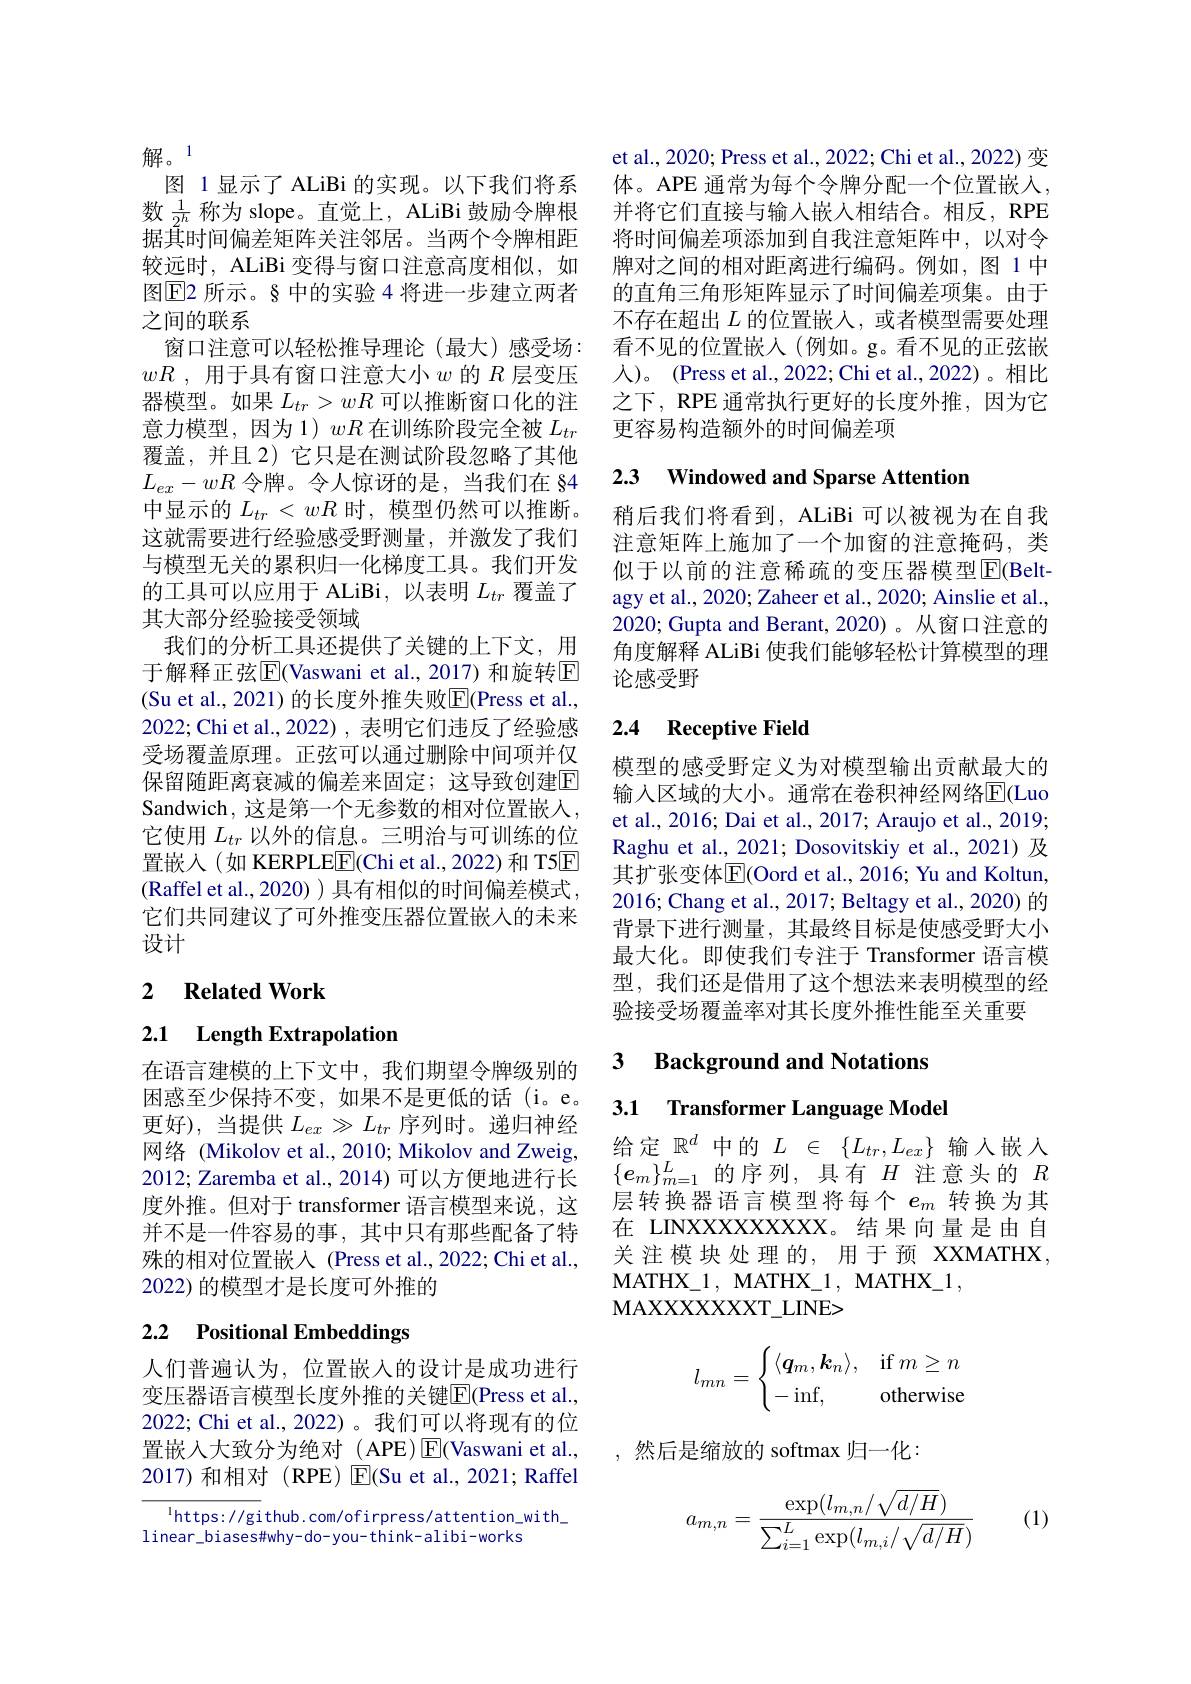
解。1
图 1显示了 ALiBi 的实现。以下我们将系数$\frac1{2h}$称为 slope。直觉上，ALiBi 鼓励令牌根据其时间偏差矩阵关注邻居。当两个令牌相距较远时，ALiBi 变得与窗口注意高度相似，如图$\boxed{\mathrm{E}}$2 所示。§ 中的实验 4 将进一步建立两者之间的联系
窗口注意可以轻松推导理论(最大)感受场： $wR$ , 用于具有窗口注意大小$w$ 的$R$层变压器模型。如果$L_tr>wR$可以推断窗口化的注意力模型，因为1)$wR$在训练阶段完全被$L_tr$ 覆盖，并且 2) 它只是在测试阶段忽略了其他$L_{ex}-wR$令牌。令人惊讶的是，当我们在 §4中显示的$L_tr<wR$时，模型仍然可以推断。这就需要进行经验感受野测量，并激发了我们与模型无关的累积归一化梯度工具。我们开发的工具可以应用于 ALiBi, 以表明$L_{tr}$覆盖了其大部分经验接受领域
我们的分析工具还提供了关键的上下文，用于解释正弦$\overline{\mathrm{E}}($Vaswani et al.,2017)和旋转$\overline{\mathrm{E}}$ (Su et al., 2021) 的长度外推失败$\overline{\mathrm{E}}($Press et al., 2022; Chi et al., 2022) , 表明它们违反了经验感受场覆盖原理。正弦可以通过删除中间项并仅保留随距离衰减的偏差来固定；这导致创建$\mathbb{E}$ Sandwich, 这是第一个无参数的相对位置嵌入， 它使用$L_tr$以外的信息。三明治与可训练的位置嵌入(如 KERPLE$\boxed{\mathrm{F}}($Chi et al., 2022) 和 T5$\boxed{\mathrm{F}}$ (Raffel et al., 2020) ) 具有相似的时间偏差模式， 它们共同建议了可外推变压器位置嵌入的未来设计

## 2 $\textbf{Related Work}$

2.1 Length Extrapolation

在语言建模的上下文中，我们期望令牌级别的困惑至少保持不变，如果不是更低的话(i。e。更好),当提供$L_ex\gg L_{tr}$序列时。递归神经网络 (Mikolov et al., 2010; Mikolov and Zweig, 2012; Zaremba et al., 2014) 可以方便地进行长度外推。但对于 transformer 语言模型来说，这并不是一件容易的事，其中只有那些配备了特殊的相对位置嵌入 (Press et al.,2022; Chi et al., 2022) 的模型才是长度可外推的

# 2.2 Positional Embeddings

人们普遍认为，位置嵌入的设计是成功进行变压器语言模型长度外推的关键$\overline{\mathrm{E}}($Press et al., 2022; Chi et al., 2022) 。我们可以将现有的位置嵌入大致分为绝对 (APE)$\operatorname{E}$(Vaswani et al., ,然后是缩放的 softmax 归一化：
2017)和相对(RPE) $\mathbb{E}($Su et al., 2021; Raffel

$^{1}$https://github.com/ofirpress/attention\_with\_
linear\_biases#why-do-you-think-alibi-works

et al., 2020; Press et al., 2022; Chi et al., 2022) 变体。APE 通常为每个令牌分配一个位置嵌入， 并将它们直接与输入嵌人相结合。相反，RPE 将时间偏差项添加到自我注意矩阵中，以对令牌对之间的相对距离进行编码。例如，图 1 中的直角三角形矩阵显示了时间偏差项集。由于不存在超出$L$的位置嵌人，或者模型需要处理看不见的位置嵌入(例如。g。看不见的正弦嵌人)。(Press et al., 2022; Chi et al., 2022)。相比之下，RPE 通常执行更好的长度外推，因为它更容易构造额外的时间偏差项

### 2.3 Windowed and Sparse Attentior

稍后我们将看到，ALiBi 可以被视为在自我注意矩阵上施加了一个加窗的注意掩码，类似于以前的注意稀疏的变压器模型$\overline{\mathrm{E}}($Beltagy et al., 2020; Zaheer et al., 2020; Ainslie et al., 2020; Gupta and Berant, 2020)。从窗口注意的角度解释 ALiBi 使我们能够轻松计算模型的理论感受野

## 2.4 Receptive Field

模型的感受野定义为对模型输出贡献最大的输入区域的大小。通常在卷积神经网络$\overline{\mathrm{E}}($Luo et al., 2016; Dai et al., 2017; Araujo et al., 2019; Raghu et al., 2021; Dosovitskiy et al., 2021) 及其扩张变体$\mathbb{E}($Oord et al., 2016; Yu and Koltun, 2016; Chang et al., 2017; Beltagy et al., 2020) 的背景下进行测量，其最终目标是使感受野大小最大化。即使我们专注于 Transformer 语言模型，我们还是借用了这个想法来表明模型的经验接受场覆盖率对其长度外推性能至关重要

3 $\textbf{Background and Notations}$

3.1 Transformer Language Model

给定$\mathbb{R}^d$中的$L\in\{L_tr,L_{ex}\}$输入嵌人$\{e_m\}_{m=1}^L$的序列，具有$H$ 注意头的 $R$ 层转换器语言模型将每个$e_m$转换为其在 LINXXXXXXXXX。结果 向量是由自关 注模块处理的，用于预 XXMATHX, MATHX$\_$1, MATHX$\_$1, MATHX$\_$1,
MAXXXXXXXT$\_$LINE>
$$l_{mn}=\begin{cases}\langle\boldsymbol q_m,\boldsymbol k_n\rangle,&\text{if}\:m\ge n\\-\inf,&\text{otherwise}\end{cases}$$
(1)
$$a_{m,n}=\frac{\exp(l_{m,n}/\sqrt{d/H})}{\sum_{i=1}^L\exp(l_{m,i}/\sqrt{d/H})}$$